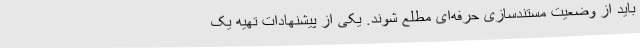
باید از وضعیت مستندسازی حرفه‌ای مطلع شوند. یکی از پیشنهادات تهیه یک